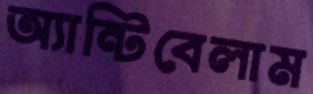
অ্যান্টিবেলাম